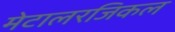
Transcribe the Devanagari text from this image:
मेटालरजिकल